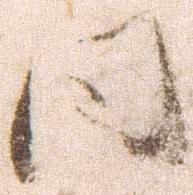
同